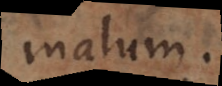
malum.